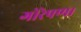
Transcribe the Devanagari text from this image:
गोरेपणा